system: You are a helpful assistant.
user:
Analyze the provided spectrum to determine if it is a **"Cataclysmic Variables (CV)"**.

- **Key Indicators for CV (Check for either state):**
    - **State 1: Quiescent / Low-State (Emission-Dominated)**
        - **(Primary):** Strong and *very broad* Hydrogen Balmer emission lines (e.g., $H\alpha$ at 6563 Å, $H\beta$ at 4861 Å). The 'broadness' (high velocity dispersion, often FWHM > 1000 km/s) is the key diagnostic, indicating a high-velocity accretion disk.
        - **(Secondary):** Broad neutral Helium (He I) emission lines (e.g., 5876 Å, 6678 Å).
        - **(Key Confirmation):** Presence of high-excitation *ionized* Helium (He II) emission at 4686 Å. This is a strong indicator of accretion onto a white dwarf.
        - **(Line Profile):** Emission lines may exhibit a 'double-peaked' profile, which is a classic signature of a rotating accretion disk viewed at high inclination.

    - **State 2: Outburst / High-State (Absorption-Dominated)**
        - **(Primary):** Spectrum is dominated by a bright, blue continuum (looks like a hot star).
        - **(Secondary):** The emission lines from State 1 are weak, absent, or 'filled in', and are replaced by broad, shallow *absorption* lines (primarily Balmer and He I).
        - **(Morphology):** The overall spectrum mimics a hot B/A-type star. The crucial difference is that the absorption lines are significantly broader, shallower, and more 'washed-out' (or 'smeared') than the sharp lines of a normal stellar photosphere, due to high rotational speeds and pressure broadening in the disk.

Think first, call **spectral_visualization_tool** if needed to examine features in detail, then provide your final answer. Your response must adhere to the following strict rules:
1.  **Overall Structure:** Your response must follow the format `<think>...</think> <tool_call>...</tool_call> (if a tool is used) <answer>...</answer>`.
2.  **Tool Usage Constraint:** You may only make **one** tool call per turn.
3.  **Final Answer Format:** In the `<answer>` tag, your conclusion must be inside a `\boxed{}` command (e.g., `\boxed{YES}`), followed by your justification.

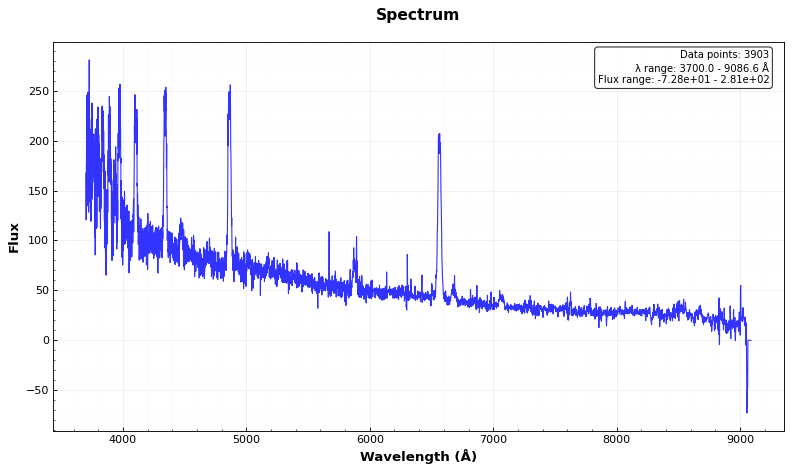
Answer: YES